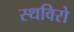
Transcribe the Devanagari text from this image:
स्थविरो